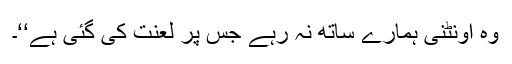
وہ اونٹنی ہمارے ساتھ نہ رہے جس پر لعنت کی گئی ہے‘‘۔